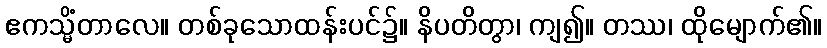
ဧကသ္မိံတာလေ။ တစ်ခုသောထန်းပင်၌။ နိပတိတွာ၊ ကျ၍။ တဿ၊ ထိုမျောက်၏။